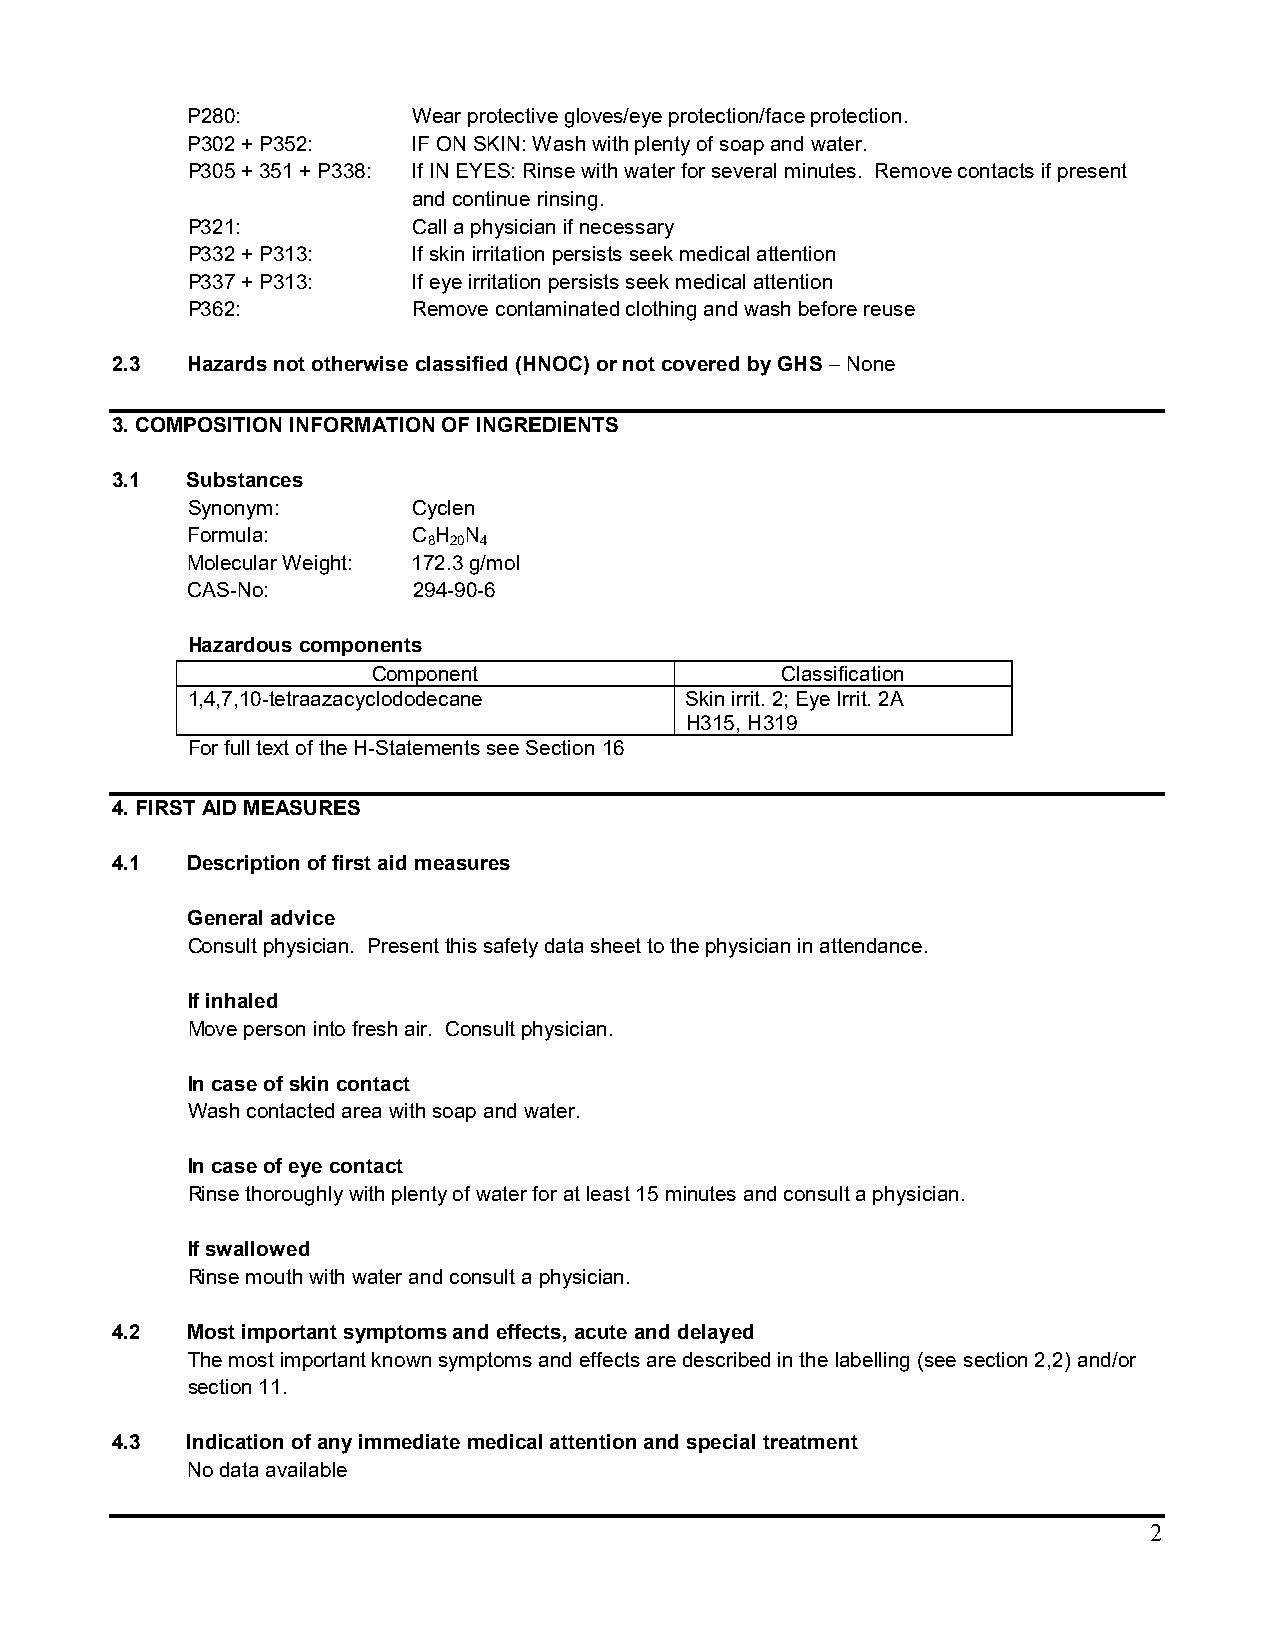
P280:          Wear protective gloves/eye protection/face protection.
 P302 + P352:   IF ON SKIN: Wash with plenty of soap and water.
 P305 + 351 + P338: If IN EYES: Rinse with water for several minutes. Remove contacts if present
 and continue rinsing.
 P321:          Call a physician if necessary
 P332 + P313:   If skin irritation persists seek medical attention
 P337 + P313:   If eye irritation persists seek medical attention
 P362:          Remove contaminated clothing and wash before reuse
 2.3  Hazards not otherwise classified (HNOC) or not covered by GHS – None
 3. COMPOSITION INFORMATION OF INGREDIENTS
 3.1  Substances
 Synonym:       Cyclen
 Formula:       C H N
 8 20 4
 Molecular Weight: 172.3 g/mol
 CAS-No:        294-90-6
 Hazardous components
 Component                  Classification
 1,4,7,10-tetraazacyclododecane   Skin irrit. 2; Eye Irrit. 2A
 H315, H319
 For full text of the H-Statements see Section 16
 4. FIRST AID MEASURES
 4.1  Description of first aid measures
 General advice
 Consult physician. Present this safety data sheet to the physician in attendance.
 If inhaled
 Move person into fresh air. Consult physician.
 In case of skin contact
 Wash contacted area with soap and water.
 In case of eye contact
 Rinse thoroughly with plenty of water for at least 15 minutes and consult a physician.
 If swallowed
 Rinse mouth with water and consult a physician.
 4.2  Most important symptoms and effects, acute and delayed
 The most important known symptoms and effects are described in the labelling (see section 2,2) and/or
 section 11.
 4.3  Indication of any immediate medical attention and special treatment
 No data available
 2